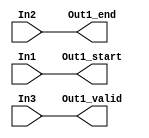
// -------------------------------------------------------------
// 
// 
// Generated by MATLAB 9.8 and HDL Coder 3.16
// 
// -------------------------------------------------------------


// -------------------------------------------------------------
// 
// Module: Sample_Control_Bus_Creator
// Source Path: NRPolarEncodeHDL/HDL Algorithm/NR Polar Encoder/framing/Sample Control Bus Creator
// Hierarchy Level: 3
// 
// -------------------------------------------------------------

`timescale 1 ns / 1 ns

module Sample_Control_Bus_Creator
          (In1,
           In2,
           In3,
           Out1_start,
           Out1_end,
           Out1_valid);


  input   In1;
  input   In2;
  input   In3;
  output  Out1_start;
  output  Out1_end;
  output  Out1_valid;




  assign Out1_start = In1;

  assign Out1_end = In2;

  assign Out1_valid = In3;

endmodule  // Sample_Control_Bus_Creator